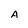
Character: A